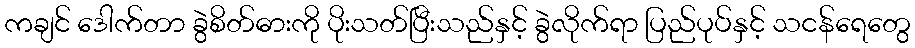
ကချင် ဒေါက်တာ ခွဲစိတ်ဓားကို ပိုးသတ်ပြီးသည်နှင့် ခွဲလိုက်ရာ ပြည်ပုပ်နှင့် သငန်ရေတွေ